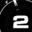
Digit: 2